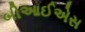
બીઆઈએસ